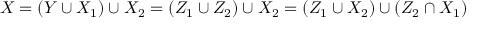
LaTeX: X = \left( Y \cup X _ { 1 } \right) \cup X _ { 2 } = \left( Z _ { 1 } \cup Z _ { 2 } \right) \cup X _ { 2 } = \left( Z _ { 1 } \cup X _ { 2 } \right) \cup \left( Z _ { 2 } \cap X _ { 1 } \right)